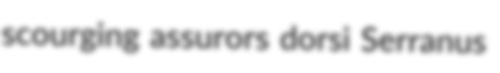
scourging assurors dorsi Serranus